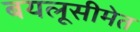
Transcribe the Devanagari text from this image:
बयलूसीमेत